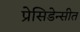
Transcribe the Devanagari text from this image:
प्रेसिडेन्सीत